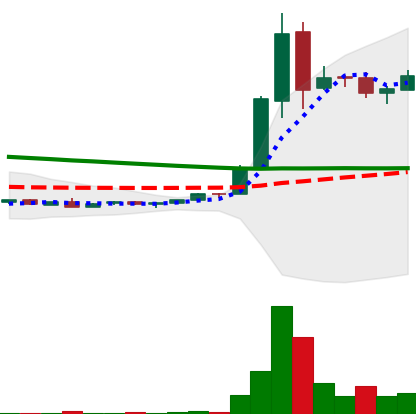
Ticker: DOGE-USD
Chart end date: 2018-09-07
Forward return: 21.632%
Label: up_7plus